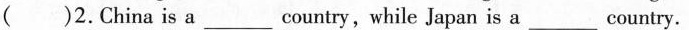
( )2.China is a___country, while Japan is a___country.